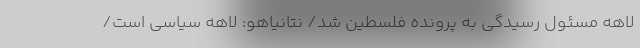
لاهه مسئول رسیدگی به پرونده فلسطین شد/ نتانیاهو: لاهه سیاسی است/